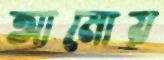
আমোয়